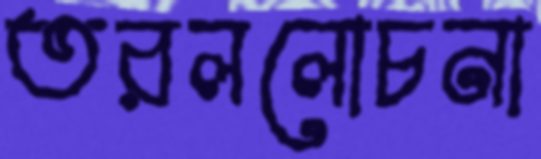
তরললোচনা